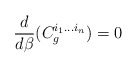
\begin{align*}\frac{d}{d \beta} ( C_{g}^{i_1 ... i_n}) = 0\end{align*}